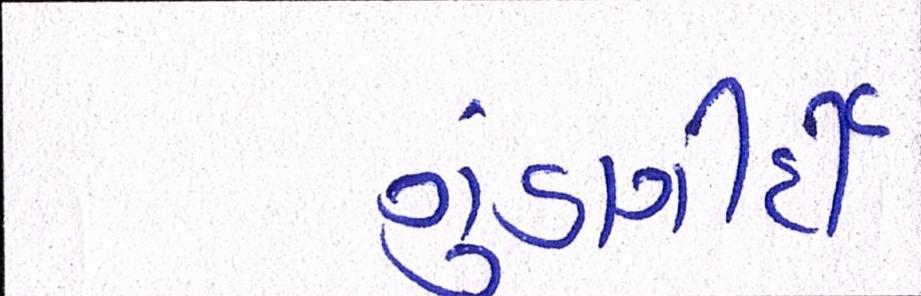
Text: ગુંડાગીર્દી